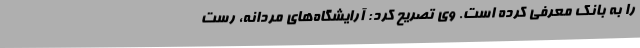
را به بانک معرفی کرده است. وی تصریح کرد: آرایشگاه‌های مردانه، رست